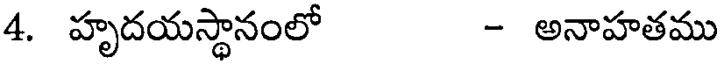
4. హృదయస్థానంలో - అనాహతము